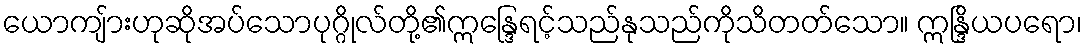
ယောကျ်ားဟုဆိုအပ်သောပုဂ္ဂိုလ်တို့၏ဣန္ဒြေရင့်သည်နုသည်ကိုသိတတ်သော။ ဣန္ဒြိယပရော၊